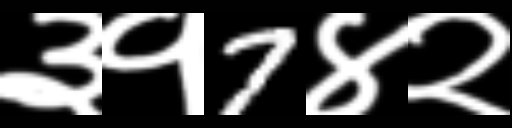
Text: ३१7४२